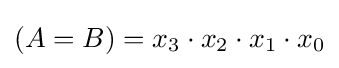
(A=B)=x_{3}\cdot x_{2}\cdot x_{1}\cdot x_{0}